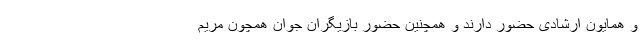
و همایون ارشادی حضور دارند و همچنین حضور بازیگران جوان همچون مریم